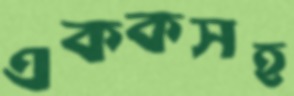
এককসহ